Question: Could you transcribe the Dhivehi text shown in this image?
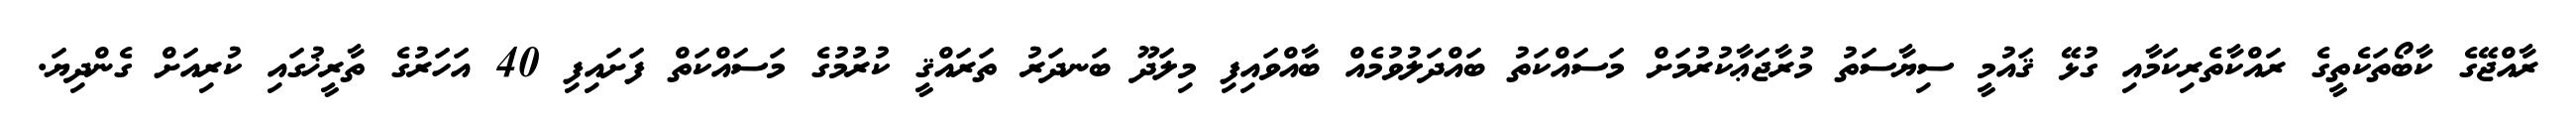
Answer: ރާއްޖޭގެ ކާބޯތަކެތީގެ ރައްކާތެރިކަމާއި ގުޅޭ ޤައުމީ ސިޔާސަތު މުރާޖަޢާކުރުމަށް މަސައްކަތު ބައްދަލުވުމެއް ބާއްވައިފި މިލަދޫ ބަނދަރު ތަރައްޤީ ކުރުމުގެ މަސައްކަތް ފަށައިފި 40 އަހަރުގެ ތާރީޚުގައި ކުރިއަށް ގެންދިޔަ.